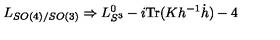
L _ { S O ( 4 ) / S O ( 3 ) } \Rightarrow L _ { S ^ { 3 } } ^ { 0 } - i \mathrm { T r } ( K h ^ { - 1 } \dot { h } ) - 4